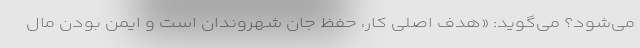
می‌شود؟ می‌گوید: «هدف اصلی کار، حفظ جان شهروندان است و ایمن بودن مال